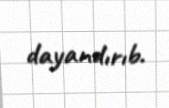
dayandırıb.